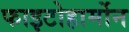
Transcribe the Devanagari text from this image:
फाइटोहार्मोन